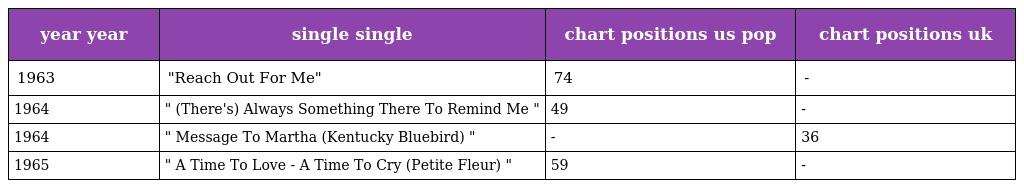
| year year | single single | chart positions us pop | chart positions uk |
 | --- | --- | --- | --- |
 | 1963 | "Reach Out For Me" | 74 | - |
 | 1964 | " (There's) Always Something There To Remind Me " | 49 | - |
 | 1964 | " Message To Martha (Kentucky Bluebird) " | - | 36 |
 | 1965 | " A Time To Love - A Time To Cry (Petite Fleur) " | 59 | - |